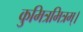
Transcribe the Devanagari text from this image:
कुमित्रमित्रम्।